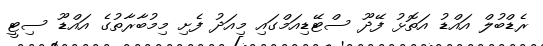
ރެޑްބުލް އައްޑު އަތޮޅު ފޭދޫ ސްޓޭޑިއަމްގައި މިއަދު ފެށި މިމުބާރާތުގެ އައްޑޫ ސިޓީ